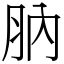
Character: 肭